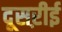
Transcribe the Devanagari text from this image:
दूसऱीई